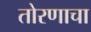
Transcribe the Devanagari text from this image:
तोरणाचा